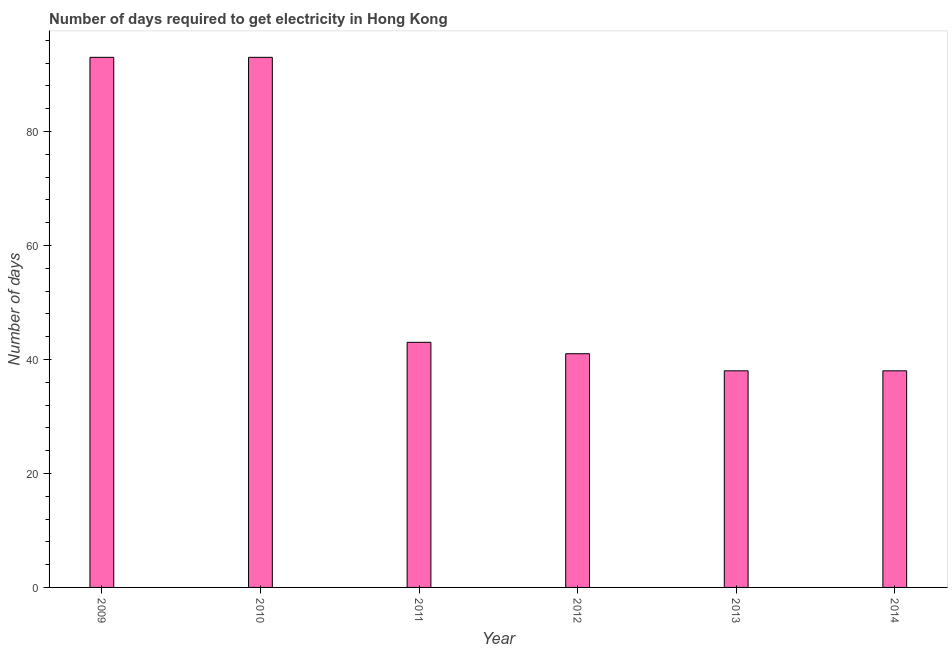
| Year | Time to get electricity |
 | --- | --- |
 | 2009 | 93 |
 | 2010 | 93 |
 | 2011 | 43 |
 | 2012 | 41 |
 | 2013 | 38 |
 | 2014 | 38 |